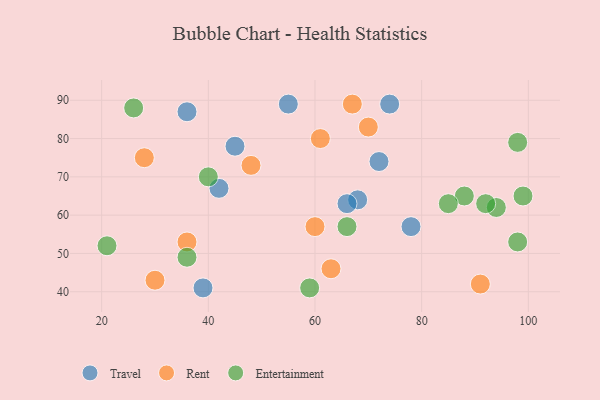
{"axis": {"x": "GDP", "y": "Life Expectancy"}, "legend": ["Entertainment", "Rent", "Travel"], "data": [{"x": "39", "y": 41, "type": "Travel"}, {"x": "55", "y": 89, "type": "Travel"}, {"x": "36", "y": 87, "type": "Travel"}, {"x": "68", "y": 64, "type": "Travel"}, {"x": "45", "y": 78, "type": "Travel"}, {"x": "74", "y": 89, "type": "Travel"}, {"x": "72", "y": 74, "type": "Travel"}, {"x": "78", "y": 57, "type": "Travel"}, {"x": "66", "y": 63, "type": "Travel"}, {"x": "42", "y": 67, "type": "Travel"}, {"x": "30", "y": 43, "type": "Rent"}, {"x": "28", "y": 75, "type": "Rent"}, {"x": "91", "y": 42, "type": "Rent"}, {"x": "36", "y": 53, "type": "Rent"}, {"x": "61", "y": 80, "type": "Rent"}, {"x": "70", "y": 83, "type": "Rent"}, {"x": "48", "y": 73, "type": "Rent"}, {"x": "67", "y": 89, "type": "Rent"}, {"x": "60", "y": 57, "type": "Rent"}, {"x": "63", "y": 46, "type": "Rent"}, {"x": "99", "y": 65, "type": "Entertainment"}, {"x": "94", "y": 62, "type": "Entertainment"}, {"x": "59", "y": 41, "type": "Entertainment"}, {"x": "92", "y": 63, "type": "Entertainment"}, {"x": "88", "y": 65, "type": "Entertainment"}, {"x": "98", "y": 53, "type": "Entertainment"}, {"x": "26", "y": 88, "type": "Entertainment"}, {"x": "85", "y": 63, "type": "Entertainment"}, {"x": "36", "y": 49, "type": "Entertainment"}, {"x": "98", "y": 79, "type": "Entertainment"}, {"x": "66", "y": 57, "type": "Entertainment"}, {"x": "21", "y": 52, "type": "Entertainment"}, {"x": "40", "y": 70, "type": "Entertainment"}]}